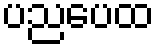
ပညပေထ